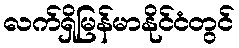
လက်ရှိမြန်မာနိုင်ငံတွင်